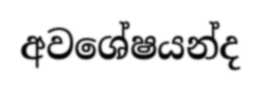
අවශේෂයන්ද